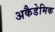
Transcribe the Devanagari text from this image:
अकैडेमिक